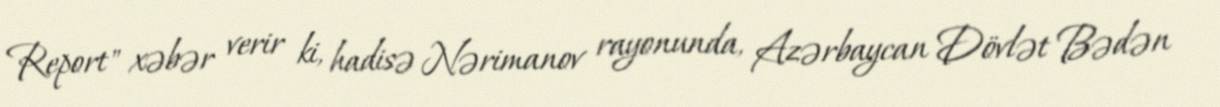
Report" xəbər verir ki, hadisə Nərimanov rayonunda, Azərbaycan Dövlət Bədən